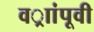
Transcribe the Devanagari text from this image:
वर्ाांपूवी